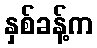
နှစ်ခန့်က